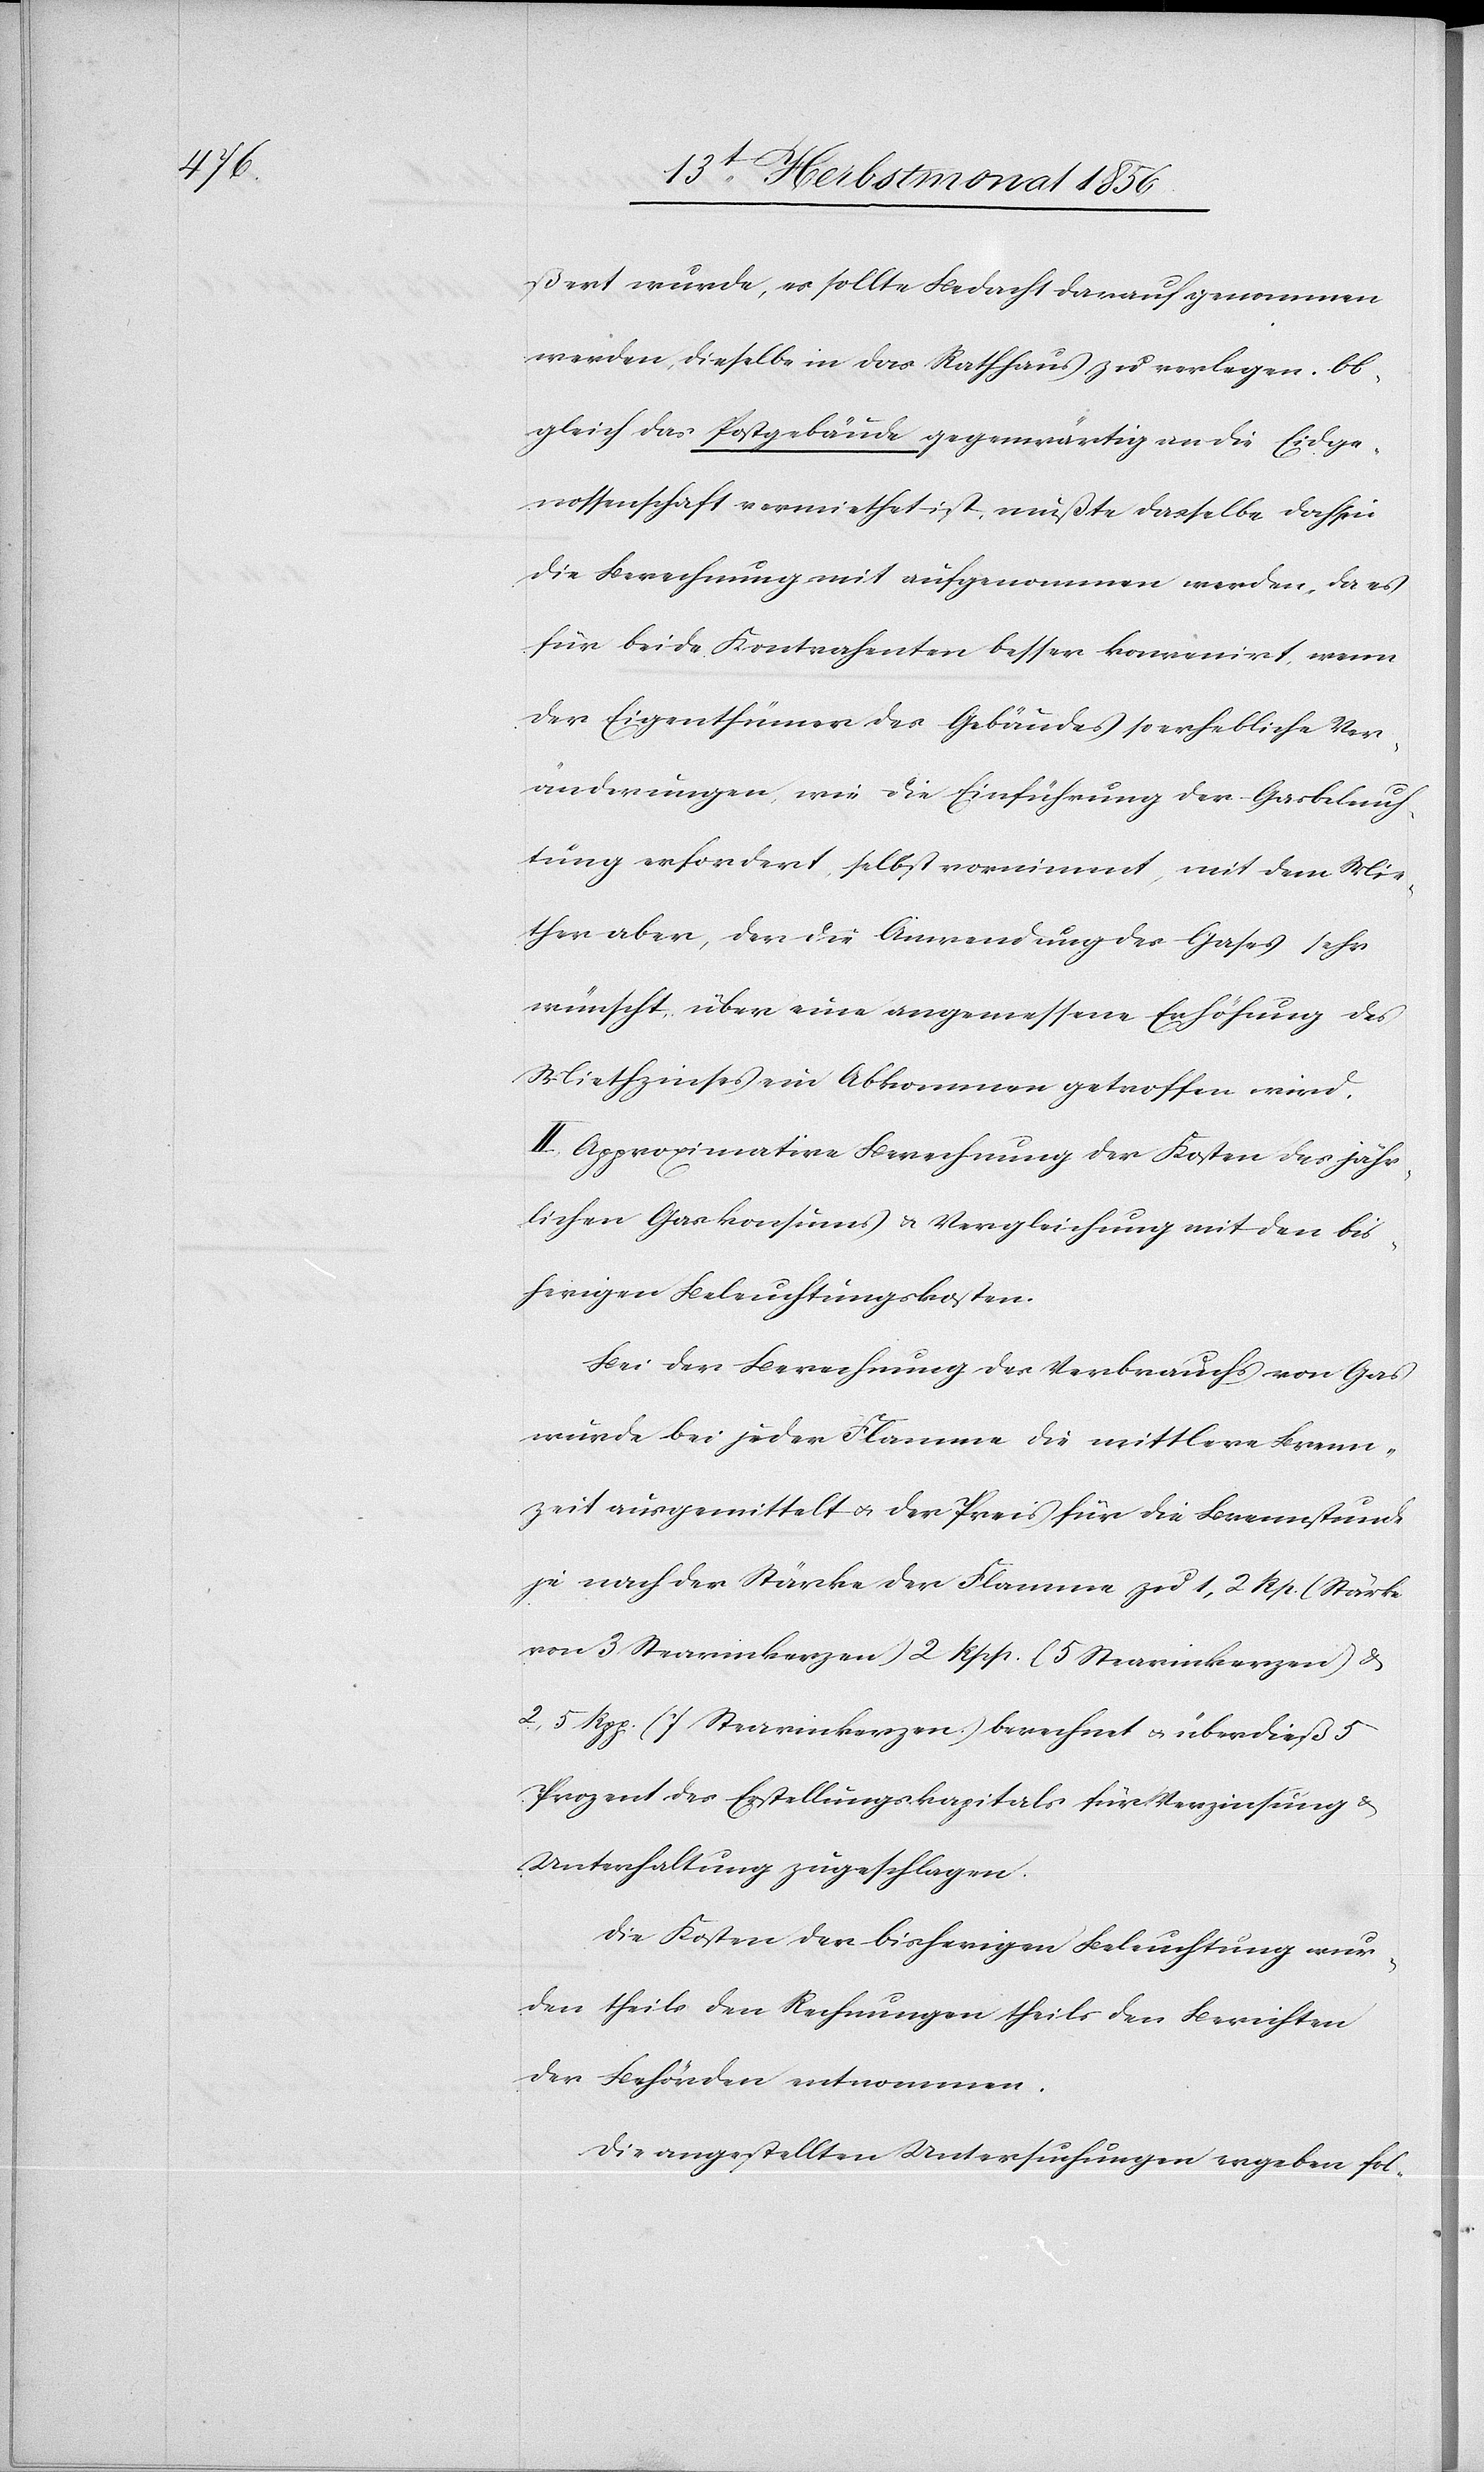
ßert wurde, es sollte Bedacht darauf genommen
werde, dieselbe in das Rathhaus zu verlegen. Ob¬
gleich das Postgebäude gegenwärtig an die Eidge¬
nossenschaft vermiethet ist, mußte dasselbe doch in
die Berechnung mit aufgenommen werden, da es
für beide Kontrahenten besser konvenirt, wenn
der Eigenthümer des Gebäudes so erhebliche Ver¬
änderungen, wie die Einführung der Gasbeleuch¬
tung erfordert, selbst vornimmt, mit dem Mie¬
ther aber, der die Anwendung des Gases sehr
wünscht, über eine angemessene Erhöhung des
Miethzinses ein Abkommen getroffen wird.
II.) Approximative Berechnung der Kosten des jähr¬
lichen Gaskonsums & Vergleichung mit den bis¬
herigen Beleuchtungskosten.
Bei der Berechnung des Verbrauchs von Gas
wurde bei jeder Flamme die mittlere Brenn¬
zeit ausgemittelt u. der Preis für die Brennstunde
je nach der Stärke der Flamme zu 1,2 Rp. (Stärke
von 3 Stearinkerzen.)[,] 2 Rpp. (5 Stearinkerzen) &
2,5 Rpp. (7 Stearinkerzen) berechnet u. überdieß 5
Prozent des Erstellungskapitals für Verzinsung &
Unterhaltung zugeschlagen.
Die Kosten der bisherigen Beleuchtung wur¬
den theils den Rechnungen theils den Berichten
der Behörden entnommen.
Die angestellten Untersuchungen ergeben fol-